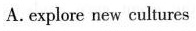
A. explore new cultures